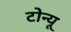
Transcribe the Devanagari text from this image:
टोन्यू